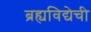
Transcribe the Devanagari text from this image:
ब्रह्यविद्येची